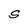
Character: S